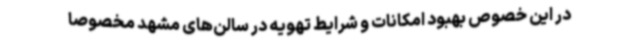
در این خصوص بهبود امکانات و شرایط تهویه در سالن‌های مشهد مخصوصاً